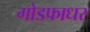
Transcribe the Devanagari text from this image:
गोडफाधर